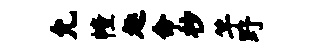
允幢趣命杪竽野